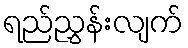
ရည်ညွှန်းလျက်